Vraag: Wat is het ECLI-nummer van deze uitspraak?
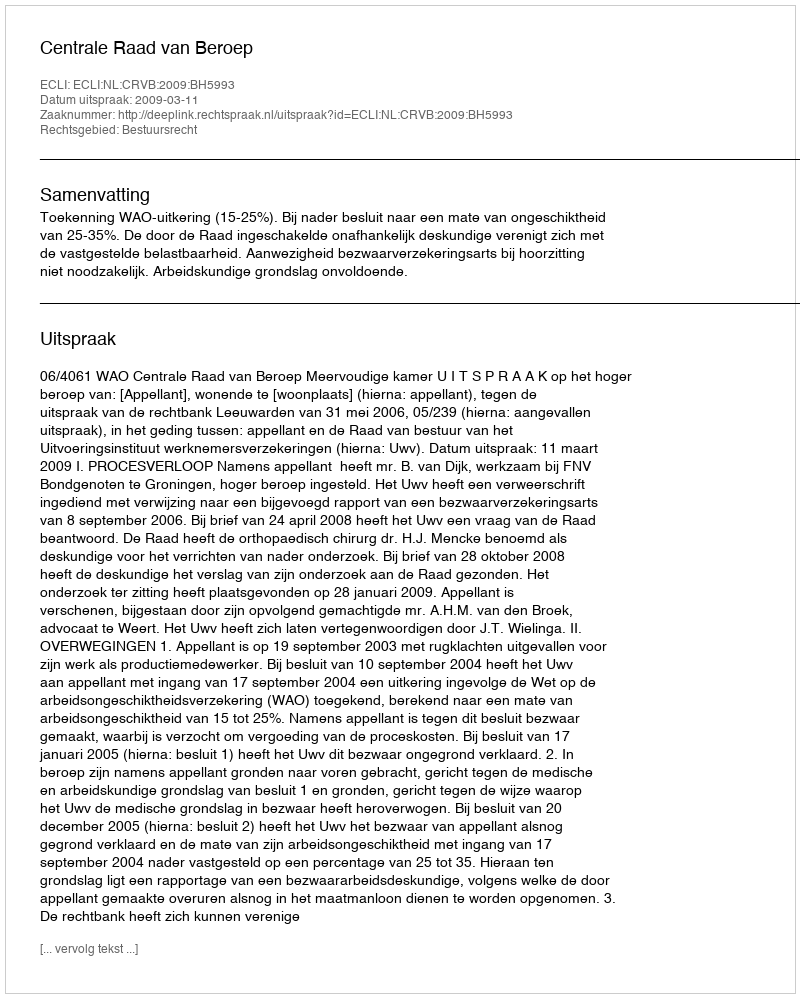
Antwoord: ECLI:NL:CRVB:2009:BH5993